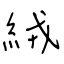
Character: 絨